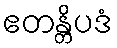
ဧတန္တိပဒံ